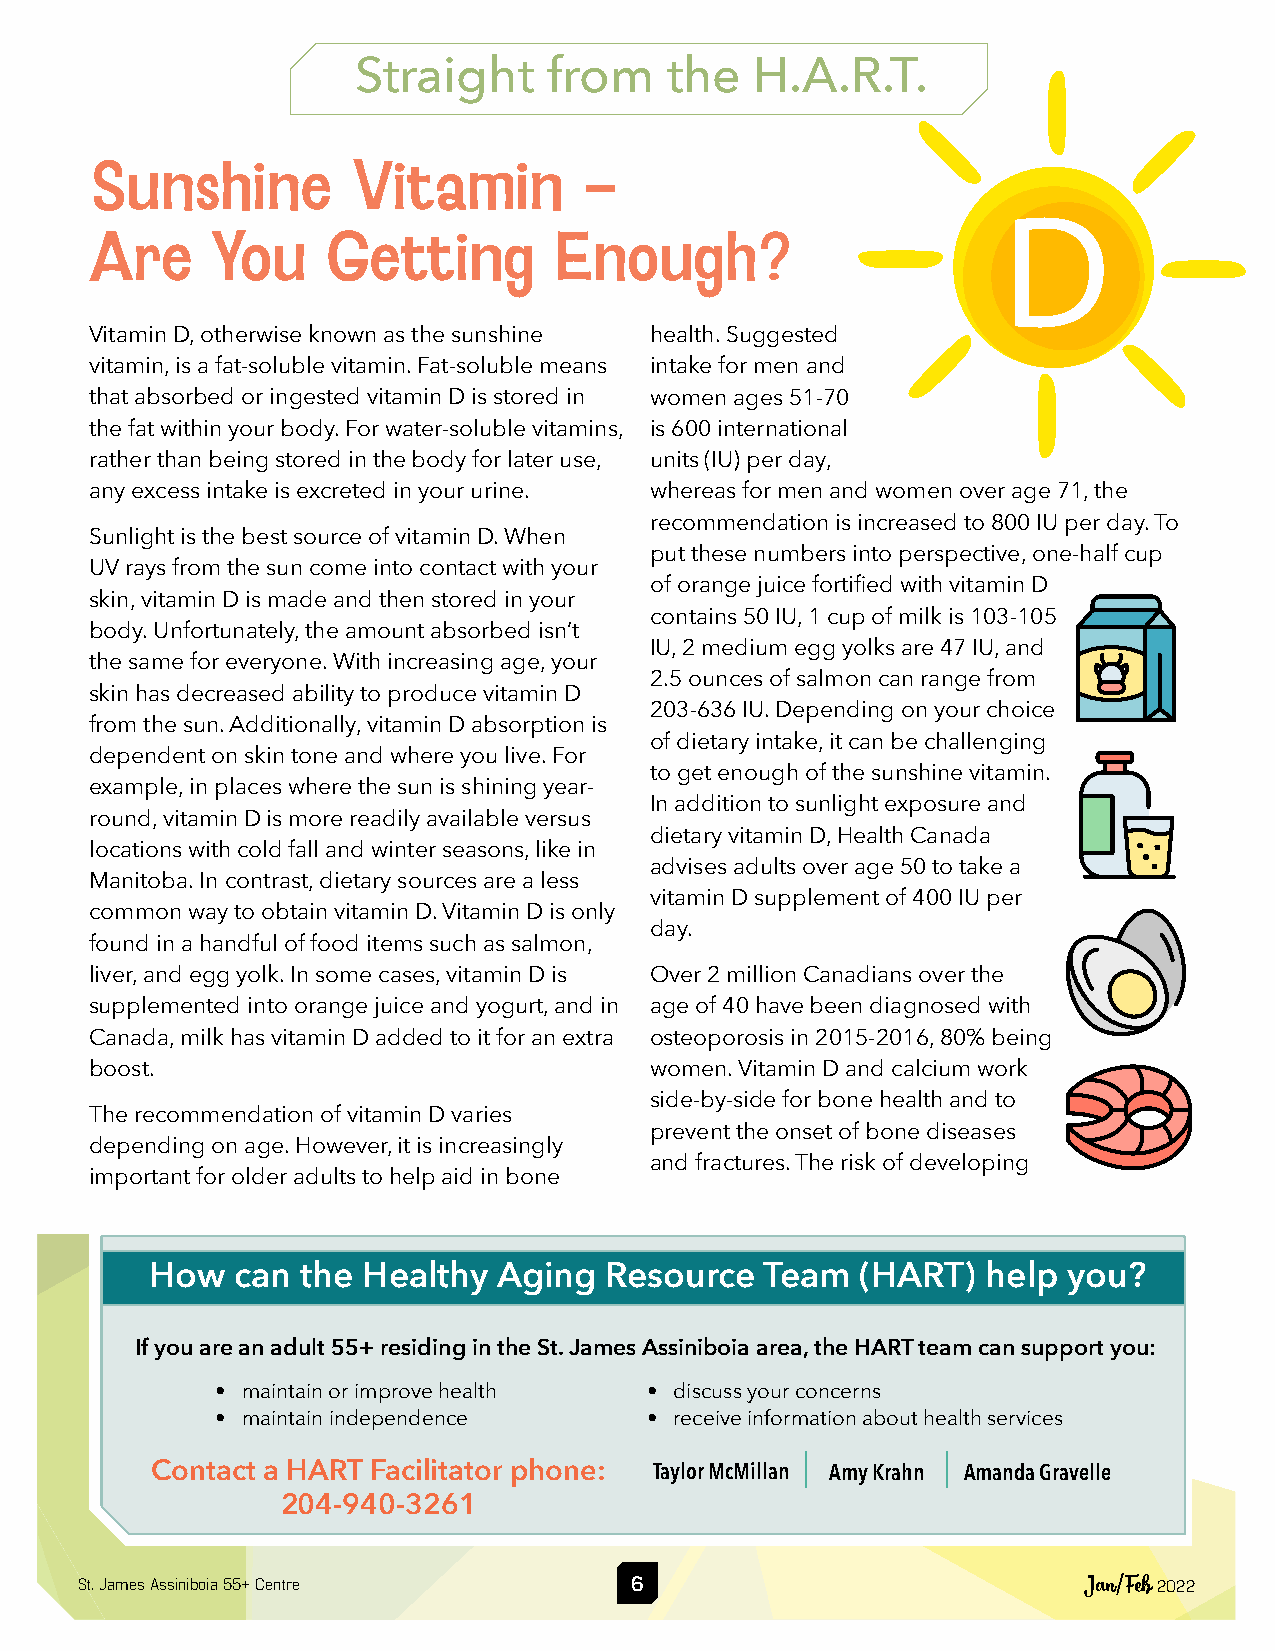
Straight     from    the   H.A.R.T.
 Sunshine         Vitamin         –
 Are     You     Getting        Enough?
 Vitamin D, otherwise known as the sunshine health. Suggested
 vitamin, is a fat-soluble vitamin. Fat-soluble means intake for men and
 that absorbed or ingested vitamin D is stored in women ages 51-70
 the fat within your body. For water-soluble vitamins, is 600 international
 rather than being stored in the body for later use, units (IU) per day,
 any excess intake is excreted in your urine. whereas for men and women over age 71, the
 recommendation is increased to 800 IU per day. To
 Sunlight is the best source of vitamin D. When
 put these numbers into perspective, one-half cup
 UV rays from the sun come into contact with your
 of orange juice fortified with vitamin D
 skin, vitamin D is made and then stored in your
 contains 50 IU, 1 cup of milk is 103-105
 body. Unfortunately, the amount absorbed isn’t
 IU, 2 medium egg yolks are 47 IU, and
 the same for everyone. With increasing age, your
 2.5 ounces of salmon can range from
 skin has decreased ability to produce vitamin D
 203-636 IU. Depending on your choice
 from the sun. Additionally, vitamin D absorption is
 of dietary intake, it can be challenging
 dependent on skin tone and where you live. For
 to get enough of the sunshine vitamin.
 example, in places where the sun is shining year-
 In addition to sunlight exposure and
 round, vitamin D is more readily available versus
 dietary vitamin D, Health Canada
 locations with cold fall and winter seasons, like in
 advises adults over age 50 to take a
 Manitoba. In contrast, dietary sources are a less
 vitamin D supplement of 400 IU per
 common way to obtain vitamin D. Vitamin D is only
 day.
 found in a handful of food items such as salmon,
 liver, and egg yolk. In some cases, vitamin D is Over 2 million Canadians over the
 supplemented into orange juice and yogurt, and in age of 40 have been diagnosed with
 Canada, milk has vitamin D added to it for an extra osteoporosis in 2015-2016, 80% being
 boost.                               women. Vitamin D and calcium work
 side-by-side for bone health and to
 The recommendation of vitamin D varies
 prevent the onset of bone diseases
 depending on age. However, it is increasingly
 and fractures. The risk of developing
 important for older adults to help aid in bone
 How   can the Healthy  Aging  Resource   Team  (HART)  help  you?
 If you are an adult 55+ residing in the St. James Assiniboia area, the HART team can support you:
 • maintain or improve health • discuss your concerns
 • maintain independence      • receive information about health services
 Contact a HART Facilitator phone: Taylor McMillan Amy Krahn Amanda Gravelle
 204-940-3261
 St. James Assiniboia 55+ Centre      6                             Jan/Feb 2022